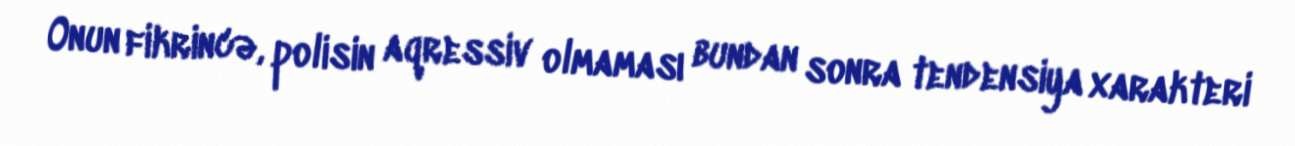
Onun fikrincə, polisin aqressiv olmaması bundan sonra tendensiya xarakteri